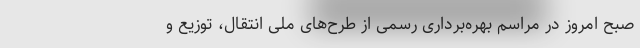
صبح امروز در مراسم بهره‌برداری رسمی از طرح‌های ملی انتقال، توزیع و